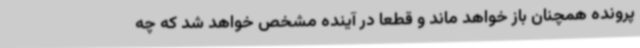
پرونده همچنان باز خواهد ماند و قطعاً در آینده مشخص خواهد شد که چه